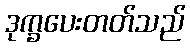
ဒုက္ခပေးတတ်သည်